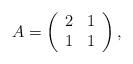
LaTeX: \begin{align*}A=\left( \begin{array}{cc} 2 & 1 \\ 1 & 1 \\ \end{array} \right),\end{align*}